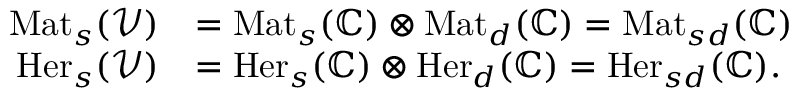
\begin{array} { r l } { \mathrm { M a t } _ { s } ( \mathcal V ) } & { = \mathrm { M a t } _ { s } ( \mathbb C ) \otimes \mathrm { M a t } _ { d } ( \mathbb C ) = \mathrm { M a t } _ { s d } ( \mathbb C ) } \\ { \mathrm { H e r } _ { s } ( \mathcal V ) } & { = \mathrm { H e r } _ { s } ( \mathbb C ) \otimes \mathrm { H e r } _ { d } ( \mathbb C ) = \mathrm { H e r } _ { s d } ( \mathbb C ) . } \end{array}